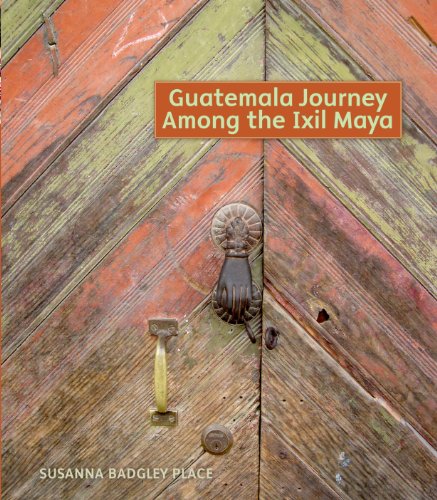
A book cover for Guatemala Journey Among the Ixil Maya; Susanna Badgley Place; Travel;